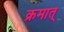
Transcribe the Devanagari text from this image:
क्रमात्